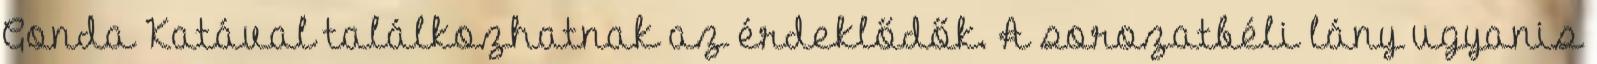
Gonda Katával találkozhatnak az érdeklődők. A sorozatbéli lány ugyanis